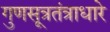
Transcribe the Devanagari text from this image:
गुणसूत्रतंत्राधारे